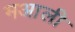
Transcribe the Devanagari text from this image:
मआली